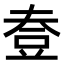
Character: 𧯟